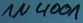
Text: 1N4001